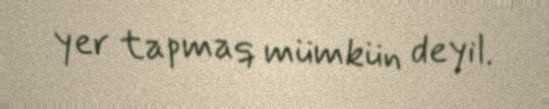
yer tapmaq mümkün deyil.